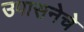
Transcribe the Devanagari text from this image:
उपासनेचे